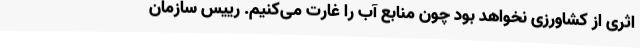
اثری از کشاورزی نخواهد بود چون منابع آب را غارت می‌کنیم. رییس سازمان